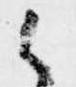
候